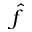
\hat { f }